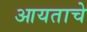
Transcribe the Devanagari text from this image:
आयताचे